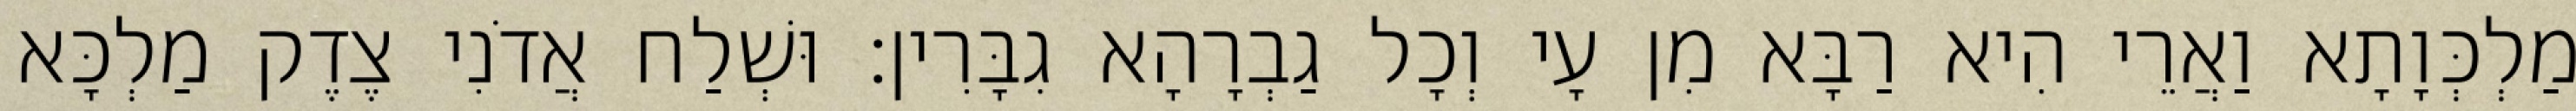
מַלְכְּוָתָא וַאֲרֵי הִיא רַבָּא מִן עָי וְכָל גַבְרָהָא גִבָּרִין׃ וּשְׁלַח אֲדֹנִי צֶדֶק מַלְכָּא